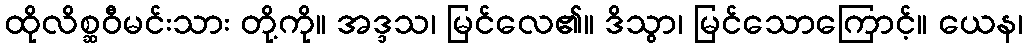
ထိုလိစ္ဆဝီမင်းသား တို့ကို။ အဒ္ဒသ၊ မြင်လေ၏။ ဒိသွာ၊ မြင်သောကြောင့်။ ယေန၊